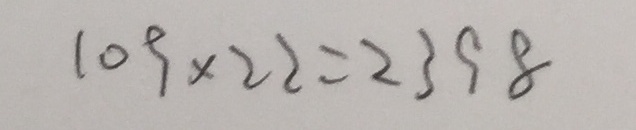
1 0 9 \times 2 2 = 2 3 9 8